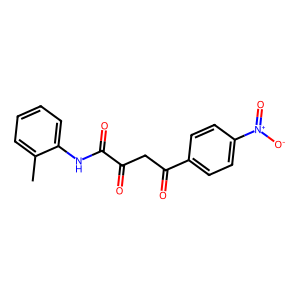
SMILES: Cc1ccccc1NC(=O)C(=O)CC(=O)c1ccc([N+](=O)[O-])cc1
Inhibits HIV replication: No